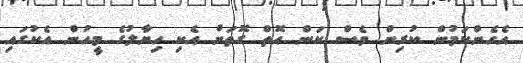
އެހެންކަމުން ކުރިން ވެސް ކަން އޮތް ގޮތަށް އެކި ހިޔާލުގެ މީހުން އެކުގައި